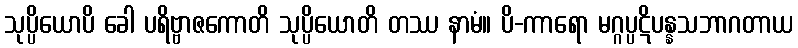
သုပ္ပိယောပိ ခေါ ပရိဗ္ဗာဇကောတိ သုပ္ပိယောတိ တဿ နာမံ။ ပိ-ကာရော မဂ္ဂပ္ပဋိပန္နသဘာဂတာယ